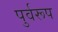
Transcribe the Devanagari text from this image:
पुर्वरूप